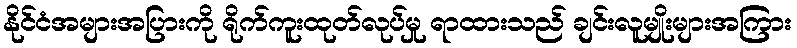
နိုင်ငံအများအပြားကို ရိုက်ကူးထုတ်လုပ်မှု ရာထားသည် ချင်းလူမျိုးများအကြား